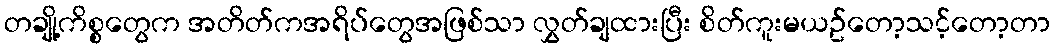
တချို့ကိစ္စတွေက အတိတ်ကအရိပ်တွေအဖြစ်သာ လွှတ်ချထားပြီး စိတ်ကူးမယဥ်တော့သင့်တော့တာ